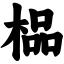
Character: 榀